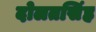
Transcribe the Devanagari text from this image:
दोलतसिंह